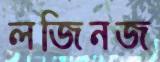
লজিনজ